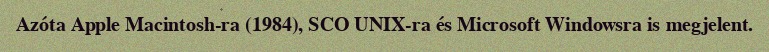
Azóta Apple Macintosh-ra (1984), SCO UNIX-ra és Microsoft Windowsra is megjelent.